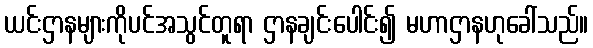
ယင်းဌာနများကိုပင်အသွင်တူရာ ဌာနချင်းပေါင်း၍ မဟာဌာနဟုခေါ်သည်။